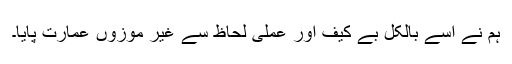
ہم نے اسے بالکل بے کیف اور عملی لحاظ سے غیر موزوں عمارت پایا۔